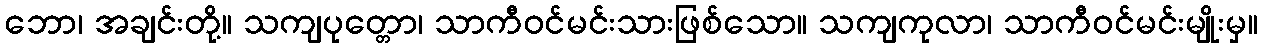
ဘော၊ အချင်းတို့။ သကျပုတ္တော၊ သာကီဝင်မင်းသားဖြစ်သော။ သကျကုလာ၊ သာကီဝင်မင်းမျိုးမှ။